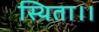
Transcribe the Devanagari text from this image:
स्थिता।।